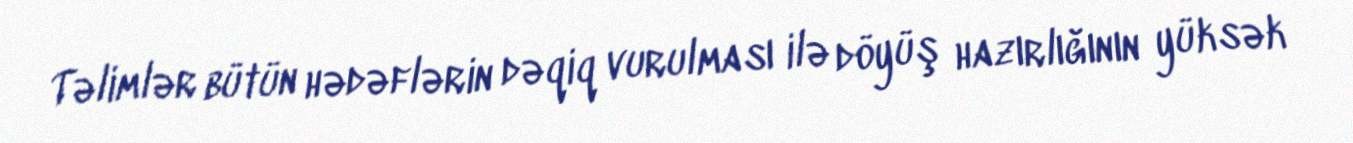
Təlimlər bütün hədəflərin dəqiq vurulması ilə döyüş hazırlığının yüksək